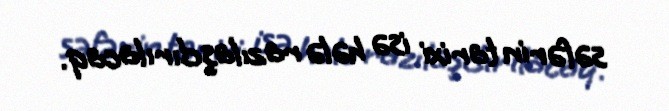
səfərin tarixi isə hələ razılaşdırılacaq.